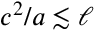
c ^ { 2 } / a \lesssim \ell